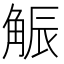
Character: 𧣨